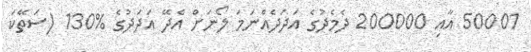
50001 އާއި 200000 ދެމެދުގެ އަދަދެއްނަމަ ލޯނަށް އެދޭ އަދަދުގެ %130 (ސަތޭކަ